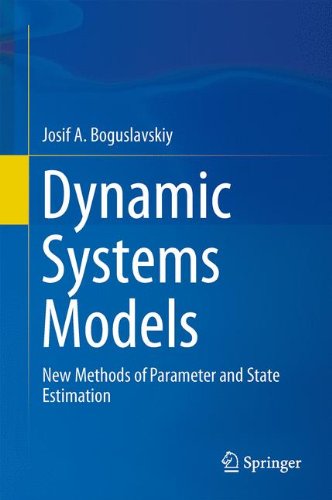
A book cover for Dynamic Systems Models: New Methods of Parameter and State Estimation; Josif A. Boguslavskiy; Science & Math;